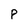
Character: p